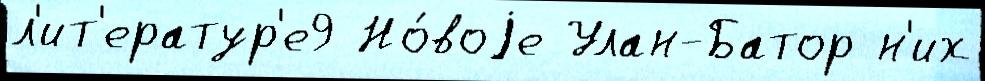
л'ит'ератур'е9 Но́воjе Улан-Батор н'их